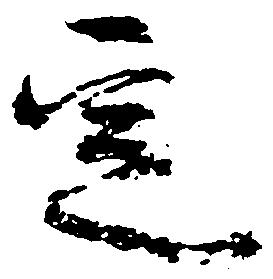
定